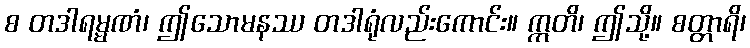
စ တဒါရမ္မဏံ၊ ဤသောမနဿ တဒါရုံလည်းကောင်း။ ဣတိ၊ ဤသို့။ စတ္တာရိ၊